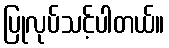
ပြုလုပ်သင့်ပါတယ်။